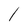
Character: l